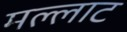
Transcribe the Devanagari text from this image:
मल्लाट